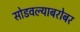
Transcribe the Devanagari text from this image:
सोडवल्याबरोबर